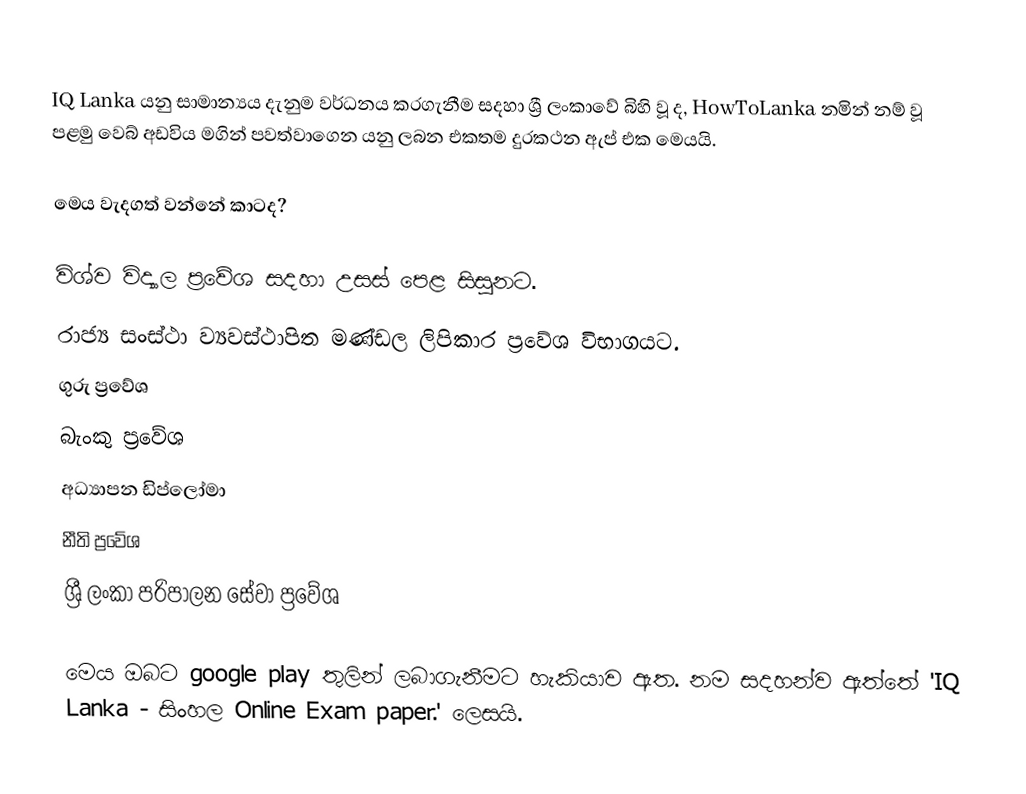
IQ Lanka යනු සාමාන්‍යය දැනුම වර්ධනය කරගැනීම සදහා ශ්‍රී ලංකාවේ බිහි වූ ද, HowToLanka නමින්  නම් වූ පළමු වෙබ් අඩවිය මගින් පවත්වාගෙන යනු ලබන එකතම දුරකථන ඇප් එක මෙයයි.

මෙය වැදගත් වන්නේ කාටද?

 විශ්ව විද්‍යාල ප්‍රවේශ සදහා උසස් පෙළ සිසුනට.
 රාජ්‍ය සංස්ථා ව්‍යවස්ථාපිත මණ්ඩල ලිපිකාර ප්‍රවේශ විභාගයට.
 ගුරු ප්‍රවේශ
 බැංකු ප්‍රවේශ
 අධ්‍යාපන ඩිප්ලෝමා
 නීති ප්‍රවේශ
 ශ්‍රී ලංකා පරිපාලන සේවා ප්‍රවේශ

මෙය ඔබට google play තුලින් ලබාගැනීමට හැකියාව ඇත. නම සදහන්ව ඇත්තේ 'IQ Lanka - සිංහල Online Exam paper.' ලෙසයි.